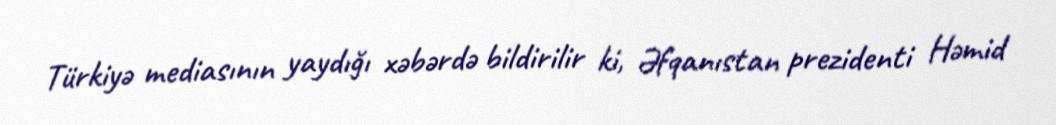
Türkiyə mediasının yaydığı xəbərdə bildirilir ki, Əfqanıstan prezidenti Həmid